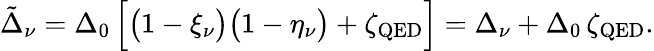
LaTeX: \tilde{\Delta}_{\nu}=\Delta_{0}\, \Big[\big(1-\xi_{\nu}\big)\big(1-\eta_{\nu}\big)+\zeta_{\mathrm{QED}}\Big]=\Delta_{\nu}+\Delta_{0}\, \zeta_{\mathrm{QED}}.